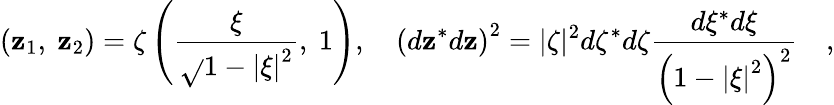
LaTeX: \left({{\mathbf{z}_{1}},\ {\mathbf{z}_{2}}}\right)=\zeta\left({{\frac{{\xi}}{{\sqrt{}{{1-\left|\xi\right|^{2}}}}}},\ 1}\right),\quad\left({d\mathbf{z}^{*}d\mathbf{z}}\right)^{2}=|\zeta|^{2}d\zeta^{*}d\zeta{\frac{{d\xi^{*}d\xi}}{{\left({1-\left|\xi\right|^{2}}\right)^{2}}}}\quad,